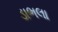
ડાભલા